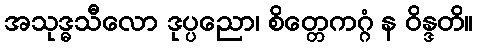
အသုဒ္ဓသီလော ဒုပ္ပညော၊ စိတ္တေကဂ္ဂံ န ဝိန္ဒတိ။